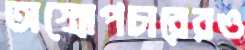
অস্ত্রোপচারেরও